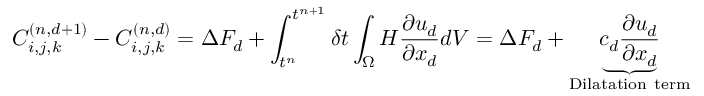
C _ { i , j , k } ^ { ( n , d + 1 ) } - C _ { i , j , k } ^ { ( n , d ) } = \Delta F _ { d } + \int _ { t ^ { n } } ^ { t ^ { n + 1 } } \delta t \int _ { \Omega } H \frac { \partial u _ { d } } { \partial x _ { d } } d V = \Delta F _ { d } + \underbrace { c _ { d } \frac { \partial u _ { d } } { \partial x _ { d } } } _ { \mathrm { D i l a t a t i o n ~ t e r m } }